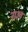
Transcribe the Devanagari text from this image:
ना३व